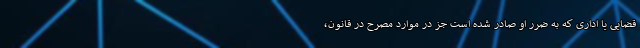
قضایی یا اداری که به ضرر او صادر شده است جز در موارد مصرح در قانون،